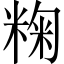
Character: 粷